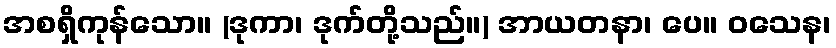
အစရှိကုန်သော။ (ဒုကာ၊ ဒုက်တို့သည်။) အာယတနာ၊ ပေ။ ဝသေန၊